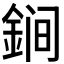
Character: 𲇏